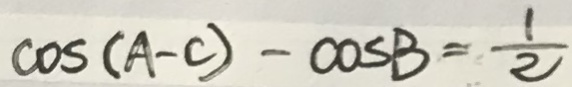
\cos ( A - C ) - \cos B = \frac { 1 } { 2 }